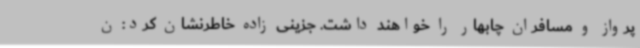
پرواز و مسافران چابهار را خواهند داشت. جزینی زاده خاطرنشان کرد: ن